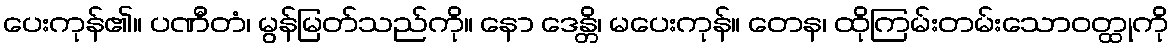
ပေးကုန်၏။ ပဏီတံ၊ မွန်မြတ်သည်ကို။ နော ဒေန္တိ၊ မပေးကုန်။ တေန၊ ထိုကြမ်းတမ်းသောဝတ္ထုကို